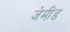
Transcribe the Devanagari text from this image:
जेमीड